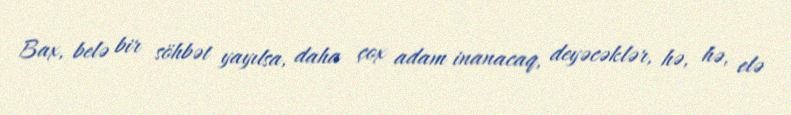
Bax, belə bir söhbət yayılsa, daha çox adam inanacaq, deyəcəklər, hə, hə, elə